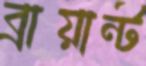
ব্রায়ান্ট